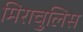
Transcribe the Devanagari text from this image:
मिराचुलिस